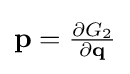
{\textstyle \mathbf {p} ={\frac {\partial G_{2}}{\partial \mathbf {q} }}}